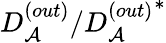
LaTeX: D_{\mathcal{A}}^{(out)}/{D_{\mathcal{A}}^{(out)}}^{*}